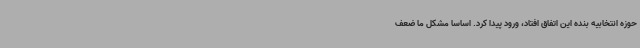
حوزه انتخابیه بنده این اتفاق افتاد، ورود پیدا کرد. اساسا مشکل ما ضعف